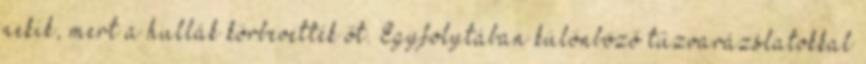
nekik, mert a hullák körbevették őt. Egyfolytában különböző tűzvarázslatokkal